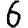
Digit: 6